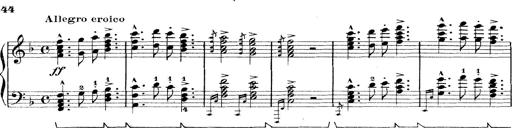
Title: Rapsodie: 19 ungheresi, 1 spagnuola
Composer: Franz Liszt